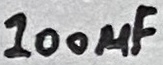
Text: 100µF